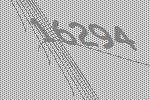
16294